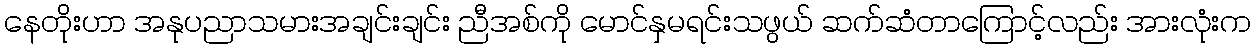
နေတိုးဟာ အနုပညာသမားအချင်းချင်း ညီအစ်ကို မောင်နှမရင်းသဖွယ် ဆက်ဆံတာကြောင့်လည်း အားလုံးက